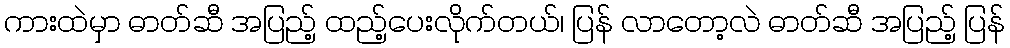
ကားထဲမှာ ဓာတ်ဆီ အပြည့် ထည့်ပေးလိုက်တယ်၊ ပြန် လာတော့လဲ ဓာတ်ဆီ အပြည့် ပြန်